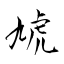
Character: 虓